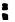
: